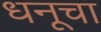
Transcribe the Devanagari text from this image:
धनूचा